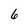
Character: 6